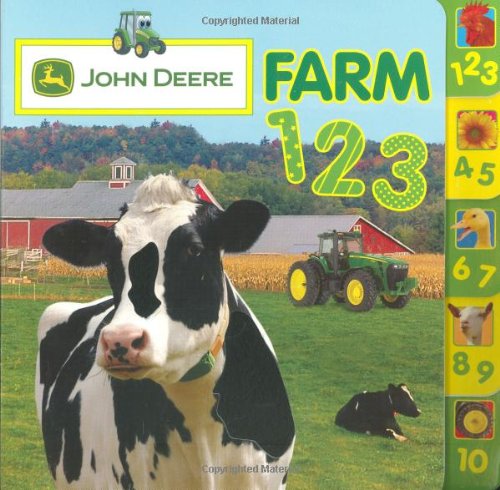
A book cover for Farm 123; Parachute Press; Children's Books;